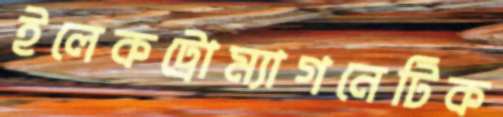
ইলেকট্রোম্যাগনেটিক